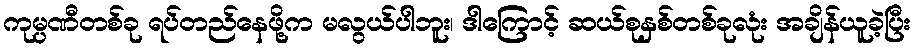
ကုမ္ပဏီတစ်ခု ရပ်တည်နေဖို့က မလွယ်ပါဘူး၊ ဒါကြောင့် ဆယ်စုနှစ်တစ်ခုလုံး အချိန်ယူခဲ့ပြီး